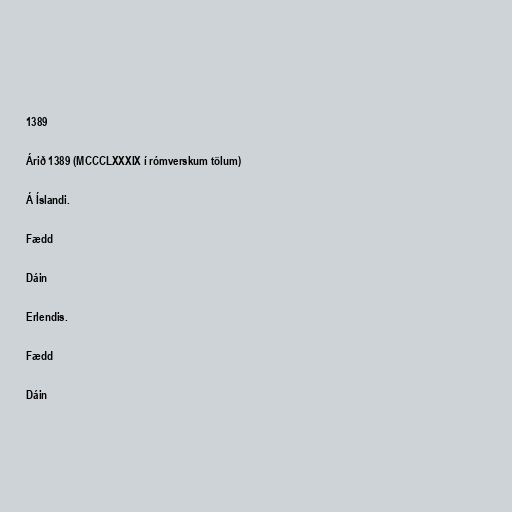
1389

Árið 1389 (MCCCLXXXIX í rómverskum tölum)

Á Íslandi.

Fædd

Dáin

Erlendis.

Fædd

Dáin